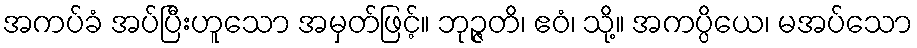
အကပ်ခံ အပ်ပြီးဟူသော အမှတ်ဖြင့်။ ဘုဉ္ဇတိ၊ ဧဝံ၊ သို့။ အကပ္ပိယေ၊ မအပ်သော